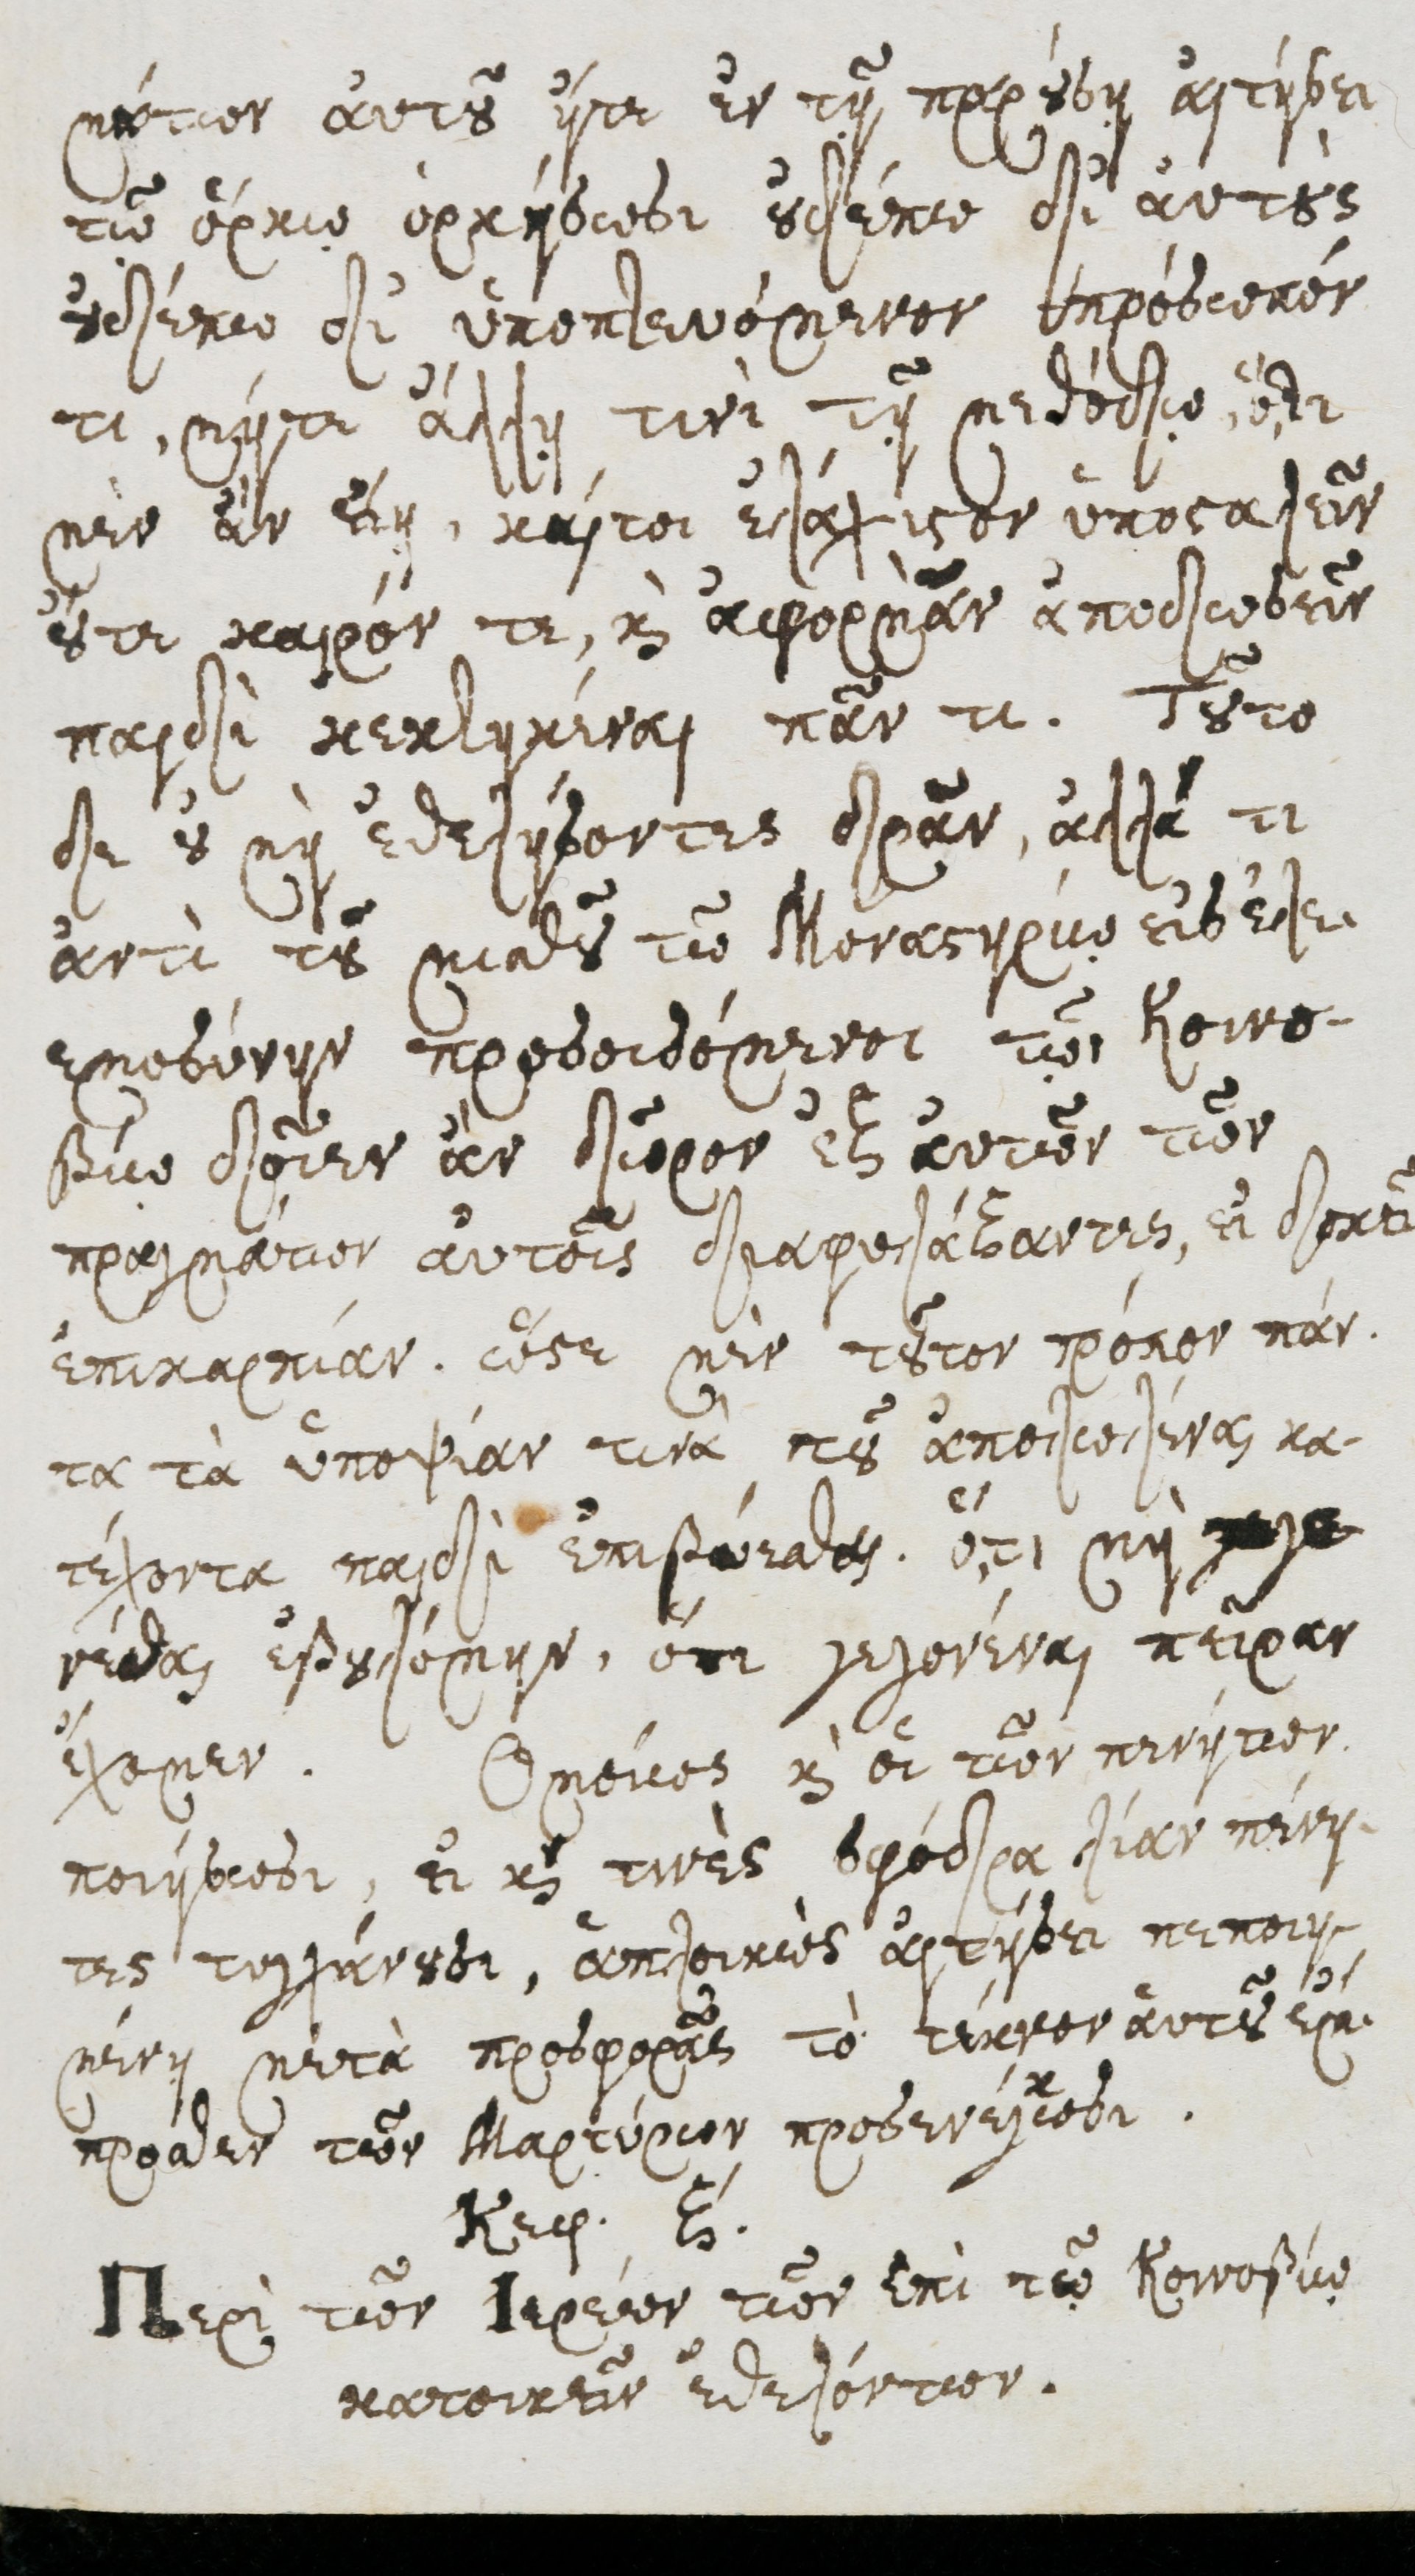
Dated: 1600–1699